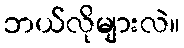
ဘယ်လိုများလဲ။